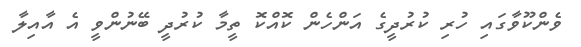
ވެންކޫވާގައި ހުރި ކުރުދީގެ އަންހެން ކޮއްކޮ ތީމާ ކުރުދީ ބޭނުންވީ އެ އާއިލާ